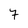
Character: 7